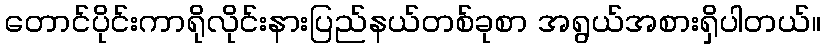
တောင်ပိုင်းကာရိုလိုင်းနားပြည်နယ်တစ်ခုစာ အရွယ်အစားရှိပါတယ်။